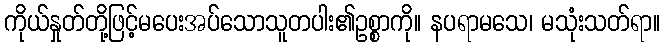
ကိုယ်နှုတ်တို့ဖြင့်မပေးအပ်သောသူတပါး၏ဥစ္စာကို။ နပရာမသေ၊ မသုံးသတ်ရာ။